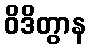
ဝိဒိတွာန